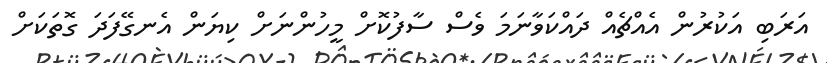
އަރަބި އަކުރުން އެއްޗެއް ދައްކަވާނަމަ ވެސް ސާފުކޮށް މީހުންނަށް ކިޔަން އެނގޭފަދަ ގޮތަކަށް